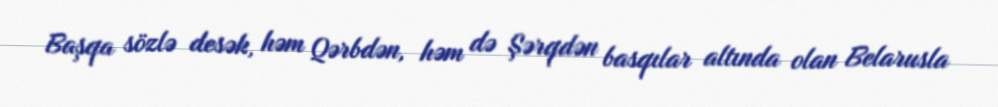
Başqa sözlə desək, həm Qərbdən, həm də Şərqdən basqılar altında olan Belarusla